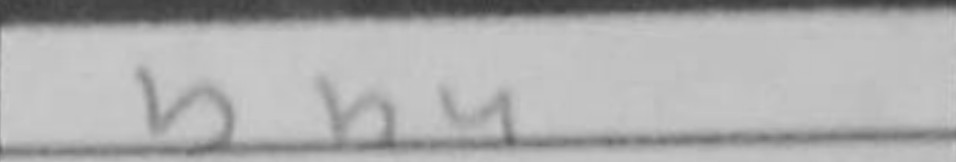
Transcription: Bb4